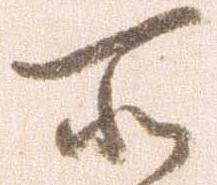
所